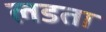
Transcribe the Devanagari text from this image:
लडता